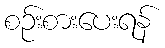
စဉ်းစားပေးရန်